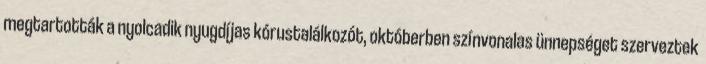
megtartották a nyolcadik nyugdíjas kórustalálkozót, októberben színvonalas ünnepséget szerveztek